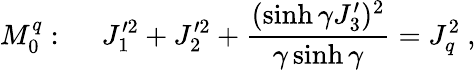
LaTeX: M_{0}^{q}:~~~~~J_{1}^{\prime 2}+J_{2}^{\prime 2}+\displaystyle\frac{(\sinh\gamma J_{3}^{\prime})^{2}}{\gamma\sinh\gamma}=J_{q}^{2}~,